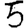
Digit: 5